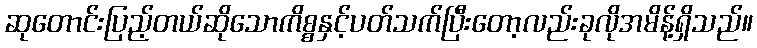
ဆုတောင်းပြည့်တယ်ဆိုသောကိစ္စနှင့်ပတ်သက်ပြီးတော့လည်းခုလိုအမိန့်ရှိသည်။